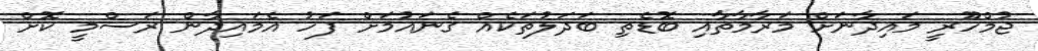
ޖުމްހޫރީ މައިދާނަށް މަރާމާތާއި ބޮޑެތި ބަދަލުތަކެއް ގެނައުމަށް ފަހު އެމައިދާން ރަސްމީ ކޮށް